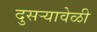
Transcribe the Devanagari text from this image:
दुसर्‍यावेळी